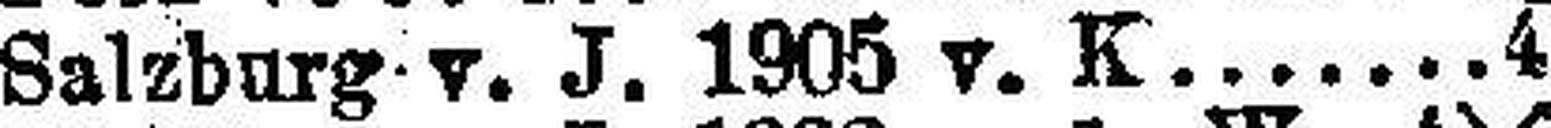
Salzburg v. J. 1905 v. K. 4